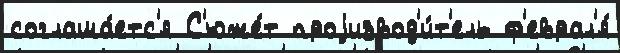
соглаша́етс'я С'юже́т проjизвод'и́т'ель ф'еврал'я́